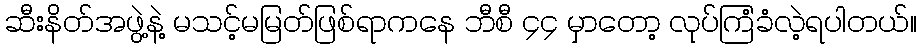
ဆီးနိတ်အဖွဲ့နဲ့ မသင့်မမြတ်ဖြစ်ရာကနေ ဘီစီ ၄၄ မှာတော့ လုပ်ကြံခံလဲ့ရပါတယ်။